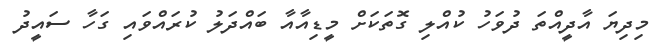
މިދިޔަ އާދީއްތަ ދުވަހު ކުއްލި ގޮތަކަށް މީޑިއާއާ ބައްދަލު ކުރައްވައި ގަހާ ސައީދު